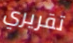
تقريري